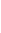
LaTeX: \! \! \! \! \! \! \! \! \! \! \! (\! \! \! \! \! \! \! \! \! \! \! \! \Phi\! \! \! \! \! \! \! \! \! \! \! \! ^{i}\! \! \! \! \! \! \! \! \! \! \! \! )\! \! \! \! \! \! \! \! \! \! \! \! ^{\! \! \! \! \! \! \! \! \! \! \! \! -\! \! \! \! \! \! \! \! \! \! \! \! 1}\! \! \! \! \! \! \! \! \! \! \! \! (\! \! \! \! \! \! \! \! \! \! \! \! B\! \! \! \! \! \! \! \! \! \! \! \! _{i}\! \! \! \! \! \! \! \! \! \! \! \! )\! \! \! \! \! \! \! \! \! \! \!